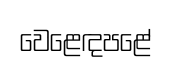
වෙළෙඳපළේ